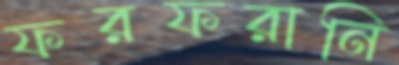
ফরফরানি